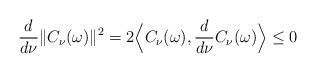
LaTeX: \begin{align*}\frac d{d\nu }\|C_\nu (\omega )\|^2=2\Big\langle C_\nu (\omega),\frac d{d\nu }C_\nu (\omega )\Big\rangle\leq 0\end{align*}